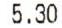
5.30